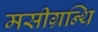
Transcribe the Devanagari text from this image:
मसीग्रन्थि